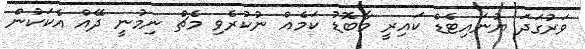
ވަރުގަދަ ޔުނައިޓެޑް ކައިރީ މާބޮޑު ކަމެއް ނުކުރެވި މެޗް ނިމުނީ ދޭއް އެކަކުން